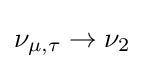
\nu _{\mu ,\tau }\rightarrow \nu _{2}